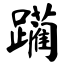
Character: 躏